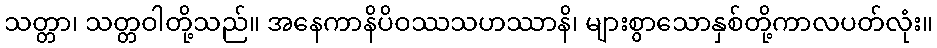
သတ္တာ၊ သတ္တဝါတို့သည်။ အနေကာနိပိဝဿသဟဿာနိ၊ များစွာသောနှစ်တို့ကာလပတ်လုံး။